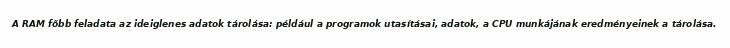
A RAM főbb feladata az ideiglenes adatok tárolása: például a programok utasításai, adatok, a CPU munkájának eredményeinek a tárolása.